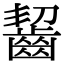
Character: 齧